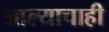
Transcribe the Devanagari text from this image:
आल्याचाही